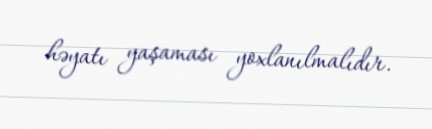
həyatı yaşaması yoxlanılmalıdır.